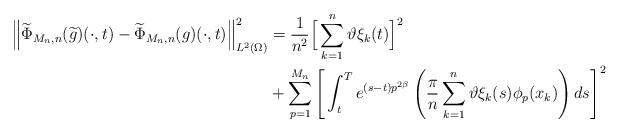
LaTeX: \begin{align*}\Big\|\widetilde \Phi_{M_n,n}( \widetilde g)(\cdot,t)-\widetilde \Phi_{M_n,n}( g)(\cdot,t)\Big\|_{L^2(\Omega)}^2&= \frac{1}{n^2} \Big[ \sum_{k=1}^n \vartheta\xi_{k}(t)\Big]^2\\&+\sum_{p=1}^{M_n} \Bigg[ \int_t^T e^{(s-t)p^{2\beta}} \left( \dfrac{\pi}{n} \sum_{k=1}^n \vartheta\xi_{k}(s) \phi_p(x_k) \right) ds\Bigg]^2\end{align*}